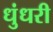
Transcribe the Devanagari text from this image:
धुंधरी